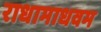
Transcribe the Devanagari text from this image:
राधामाधवम